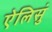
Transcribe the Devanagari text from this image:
ऐलिसुं